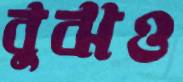
বুঝও